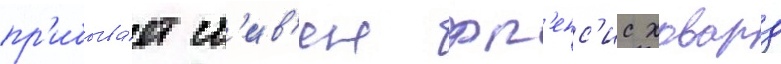
пр'ибыва́ет ст'ив'ен фр'енс'ис ховард